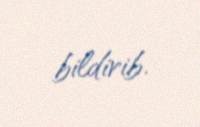
bildirib.